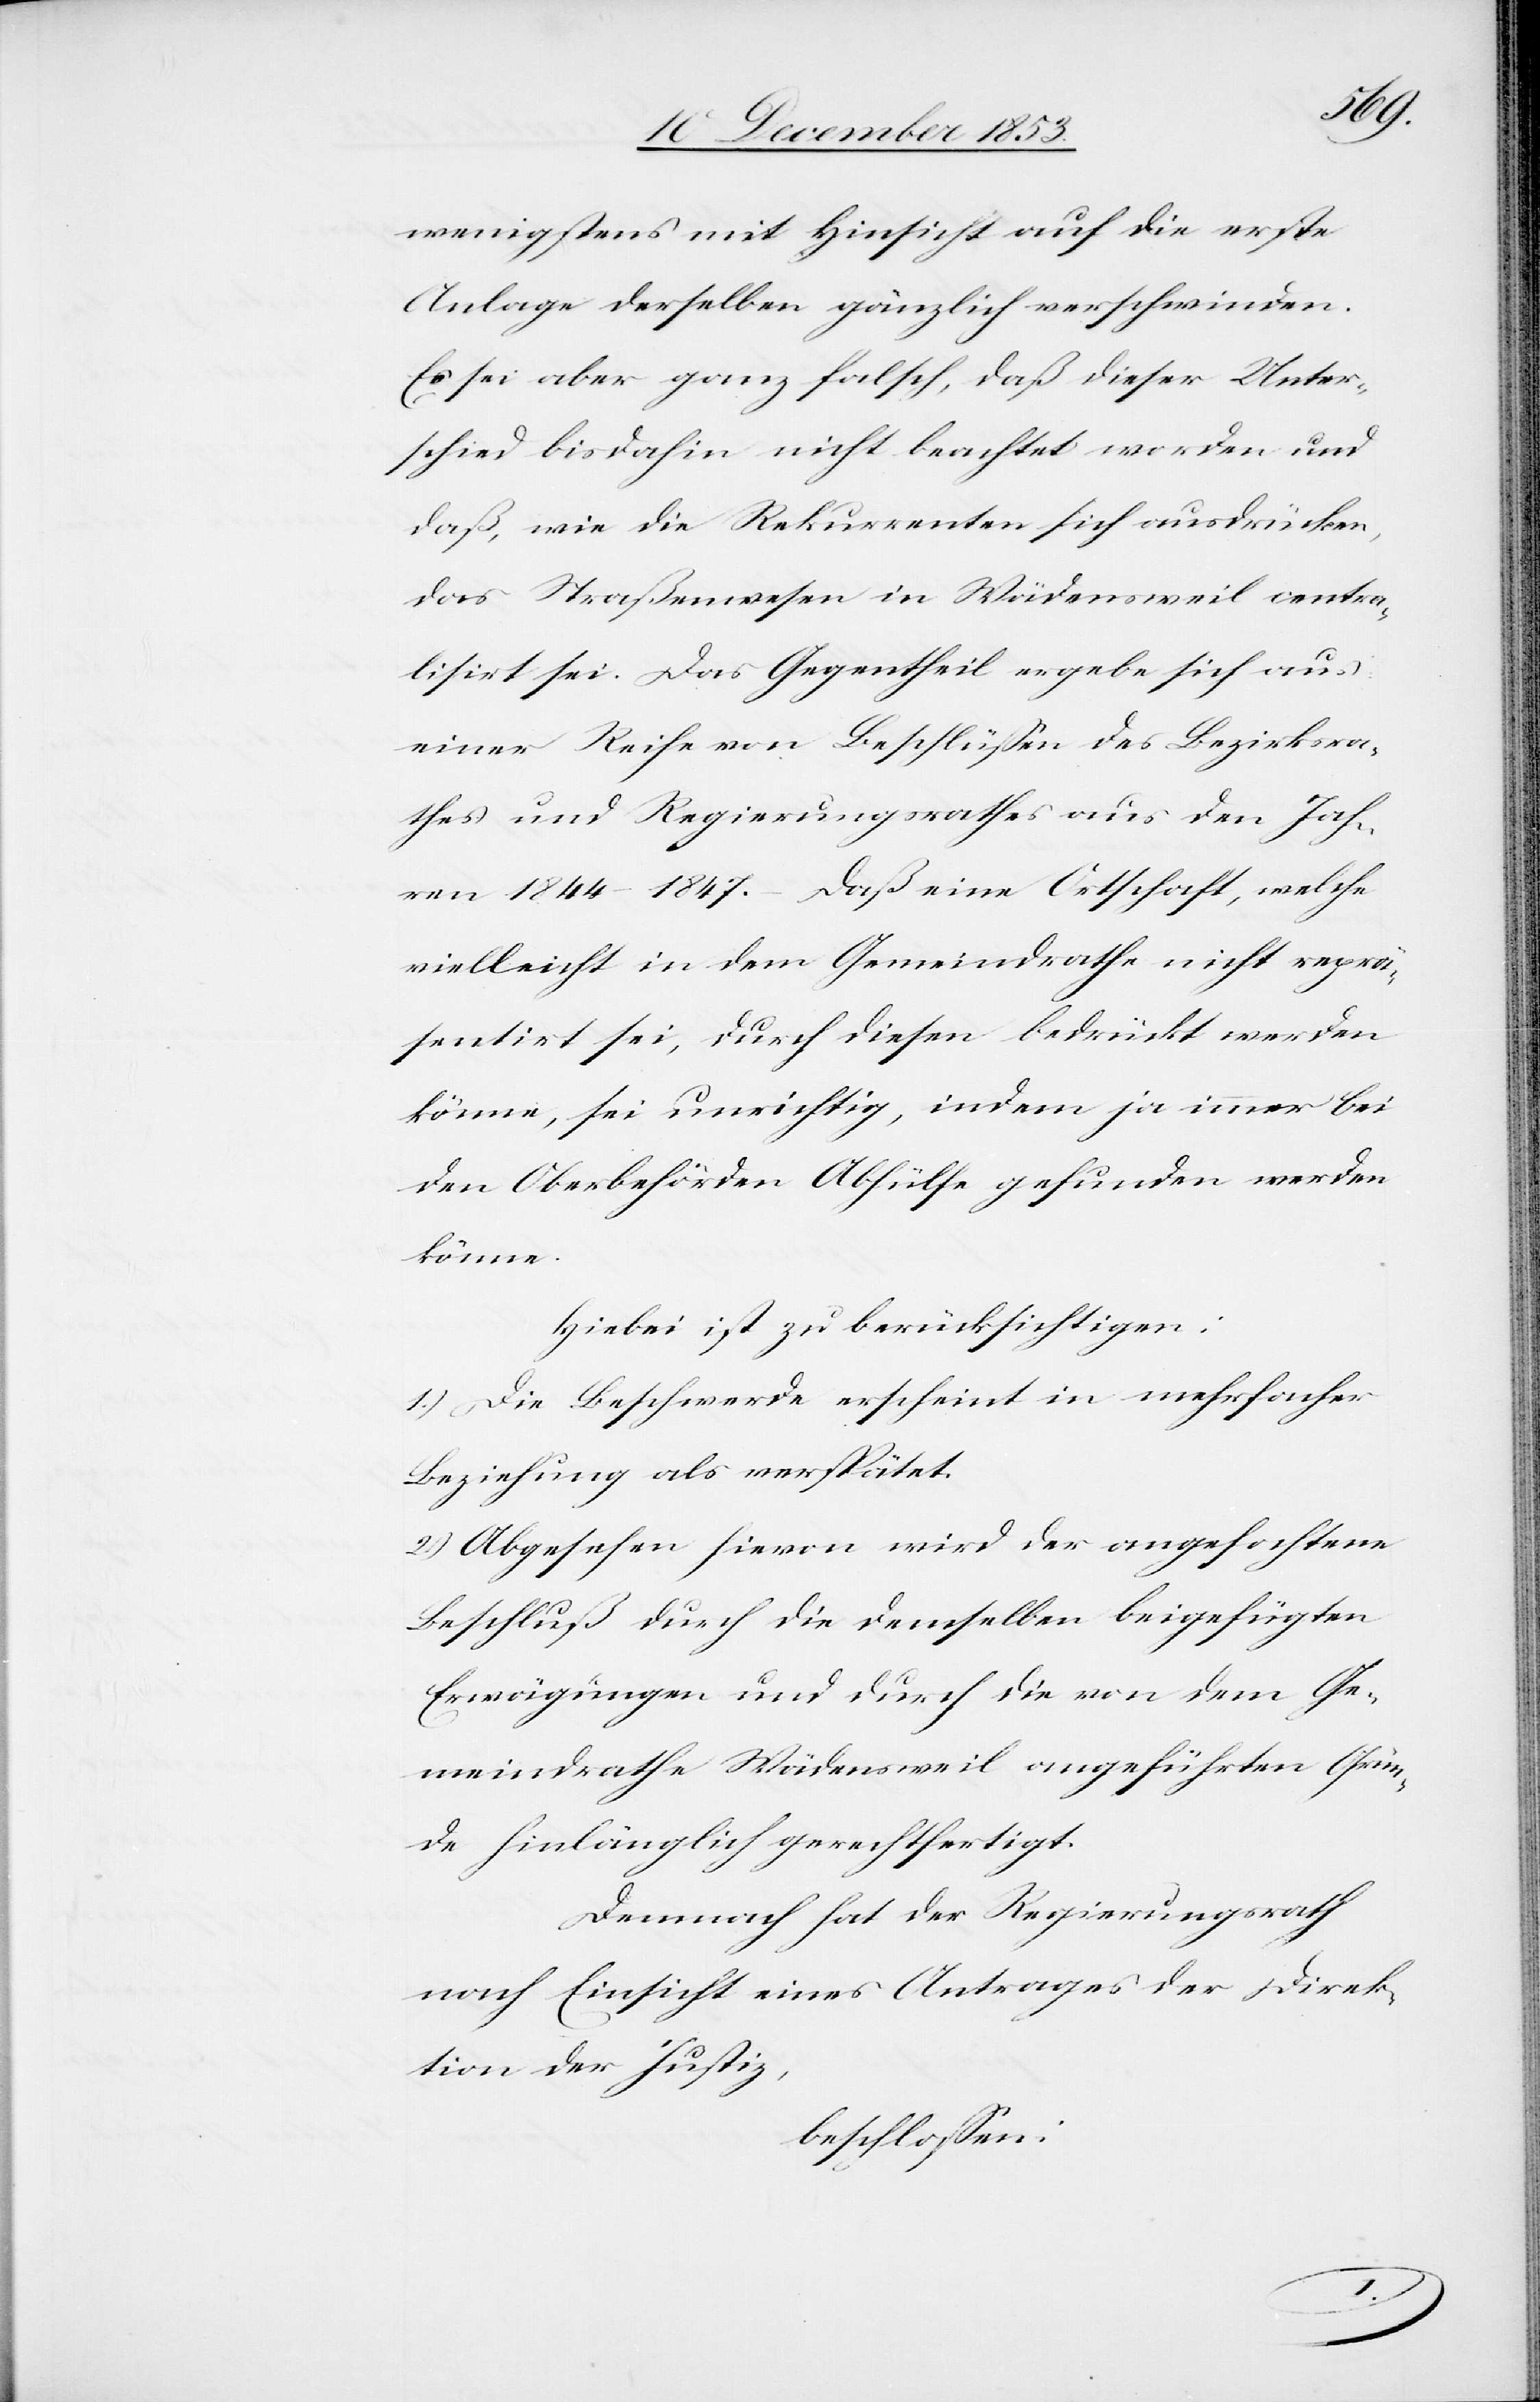
wenigsten mit Hinsicht auf die erste
Anlage derselben gänzlich verschwinden.
Es sei aber ganz falsch, daß dieser Unter¬
schied bisdahin nicht beachtet worden und
daß, wie die Rekurrenten sich ausdrücken,
das Straßenwesen in Wädensweil centra¬
lisirt sei. Das Gegentheil ergebe sich aus
einer Reihe von Beschlüßen des Bezirksra¬
thes und Regierungsrathes aus den Jah¬
ren 1844–1847. – Daß eine Ortschaft, welche
vielleicht in dem Gemeindrathe nicht reprä¬
sentirt sei, durch diesen bedrückt werden
könne, sei unrichtig, indem ja immer bei
den Oberbehörden Abhülfe gefunden werden
könne.
Hiebei ist zu berücksichtigen:
1) Die Beschwerde erscheint in mehrfacher
Beziehung als verspätet.
2) Abgesehen hievon wird der angefochtene
Beschluß durch die demselben beigefügten
Erwägungen und durch die von dem Ge¬
meindrathe Wädensweil angeführten Grün¬
de hinlänglich gerechtfertigt.
Demnach hat der Regierungsrath
nach Einsicht eines Antrages der Direk¬
tion der Justiz,
beschloßen: